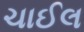
ચાઈલ